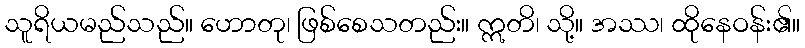
သူရိယမည်သည်။ ဟောတု၊ ဖြစ်စေသတည်း။ ဣတိ၊ သို့။ အဿ၊ ထိုနေဝန်း၏။